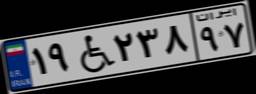
۱۹W۲۳۸۹۷